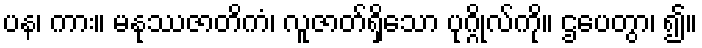
ပန၊ ကား။ မနုဿဇာတိကံ၊ လူဇာတ်ရှိသော ပုဂ္ဂိုလ်ကို။ ဌပေတွာ၊ ၍။